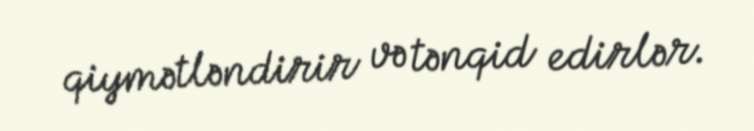
qiymətləndirir və tənqid edirlər.